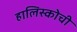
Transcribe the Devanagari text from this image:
हालिस्कोची